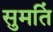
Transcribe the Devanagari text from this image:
सुमतिं